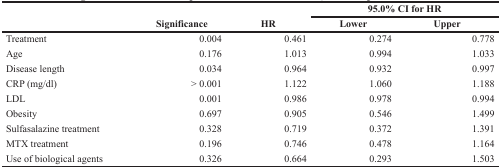
<table><thead><tr><td rowspan="2"></td><td rowspan="2"><b>Significance</b></td><td rowspan="2"><b>HR</b></td><td colspan="2"><b>95.0% CI for HR</b></td></tr><tr><td><b>Lower</b></td><td><b>Upper</b></td></tr></thead><tbody><tr><td>Treatment</td><td>0.004</td><td>0.461</td><td>0.274</td><td>0.778</td></tr><tr><td>Age</td><td>0.176</td><td>1.013</td><td>0.994</td><td>1.033</td></tr><tr><td>Disease length</td><td>0.034</td><td>0.964</td><td>0.932</td><td>0.997</td></tr><tr><td>CRP (mg/dl)</td><td>&gt; 0.001</td><td>1.122</td><td>1.060</td><td>1.188</td></tr><tr><td>LDL</td><td>0.001</td><td>0.986</td><td>0.978</td><td>0.994</td></tr><tr><td>Obesity</td><td>0.697</td><td>0.905</td><td>0.546</td><td>1.499</td></tr><tr><td>Sulfasalazine treatment</td><td>0.328</td><td>0.719</td><td>0.372</td><td>1.391</td></tr><tr><td>MTX treatment</td><td>0.196</td><td>0.746</td><td>0.478</td><td>1.164</td></tr><tr><td>Use of biological agents</td><td>0.326</td><td>0.664</td><td>0.293</td><td>1.503</td></tr></tbody></table>